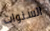
السنوات